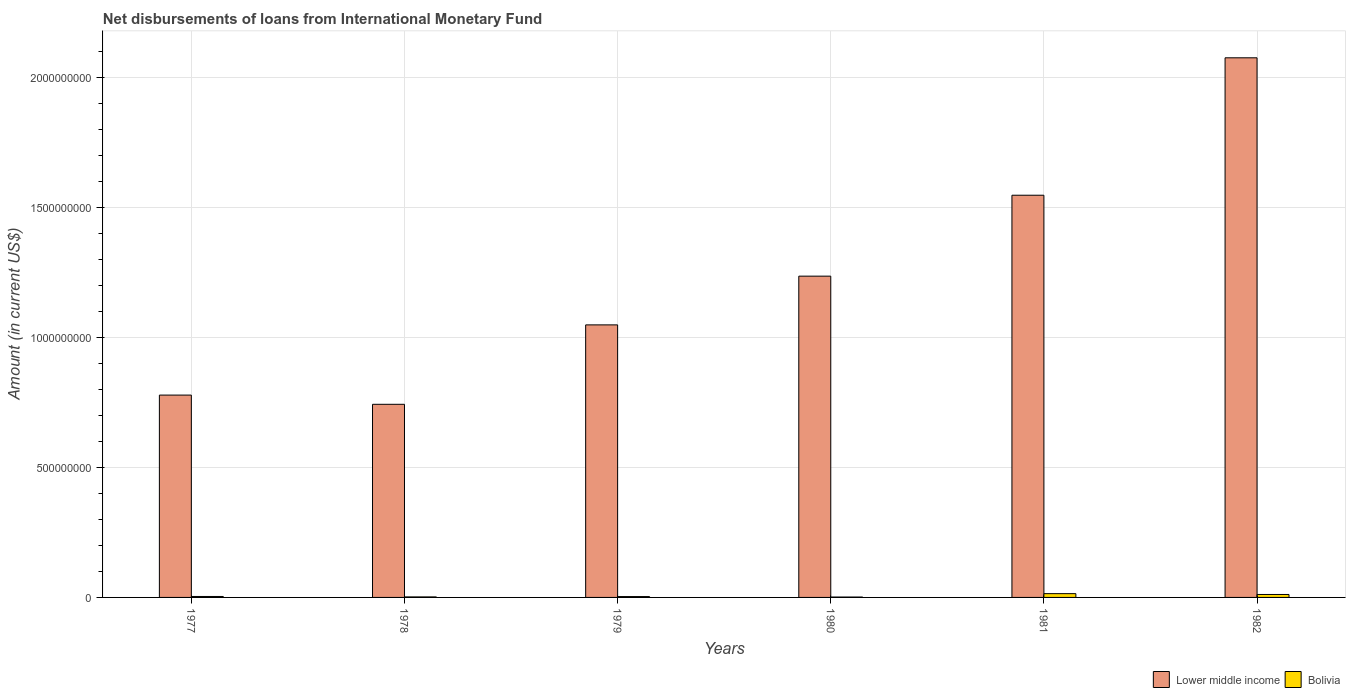
| Years | Lower middle income | Bolivia |
 | --- | --- | --- |
 | 1977 | 7.78e+08 | 3.68e+06 |
 | 1978 | 7.43e+08 | 1.98e+06 |
 | 1979 | 1.05e+09 | 3.26e+06 |
 | 1980 | 1.24e+09 | 1.47e+06 |
 | 1981 | 1.55e+09 | 1.45e+07 |
 | 1982 | 2.07e+09 | 1.14e+07 |